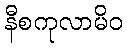
နီစကုလာမိဝ